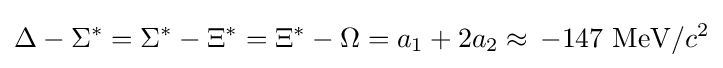
\Delta -\Sigma ^{*}=\Sigma ^{*}-\Xi ^{*}=\Xi ^{*}-\Omega =a_{1}+2a_{2}\approx \,-147~\mathrm {MeV} /c^{2}